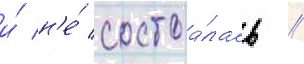
и́ н'е́ состоа́лась //